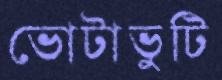
ভোটাভুটি